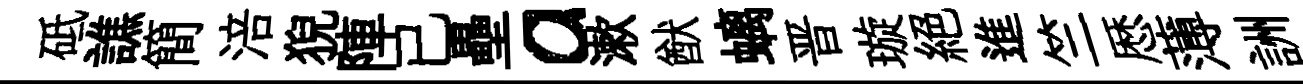
砥譙簡涪猊陣已壘a漱猷螭晋璇絶進竺厯薄詶